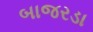
બાજરડા